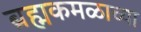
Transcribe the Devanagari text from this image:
ब्रह्मकमळाच्या